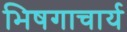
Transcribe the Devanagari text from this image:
भिषगाचार्य